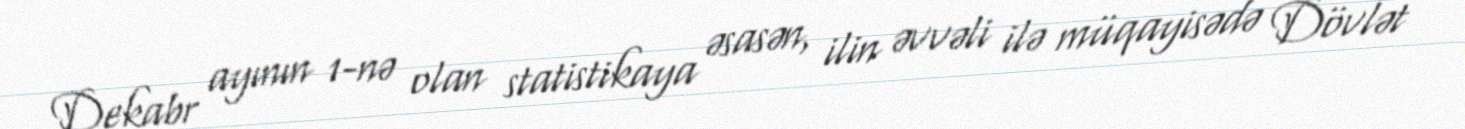
Dekabr ayının 1-nə olan statistikaya əsasən, ilin əvvəli ilə müqayisədə Dövlət